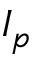
I _ { p }